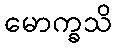
မောက္ခသိ